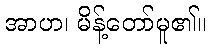
အာဟ၊ မိန့်တော်မူ၏။